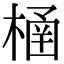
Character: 㮭